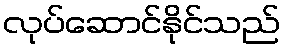
လုပ်ဆောင်နိုင်သည်